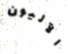
الآليون